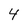
Character: 4